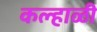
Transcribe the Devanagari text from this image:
कल्हाळी